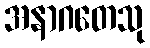
အနာဂတေသု